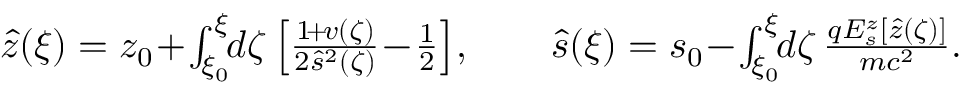
\begin{array} { r } { \hat { z } ( \xi ) = z _ { 0 } \! + \! \int _ { \xi _ { 0 } } ^ { \xi } \! \! d \zeta \left[ \frac { 1 \! + \! v ( \zeta ) } { 2 \hat { s } ^ { 2 } ( \zeta ) } \! - \! \frac 1 2 \right] \! , \qquad \hat { s } ( \xi ) = s _ { 0 } \! - \! \int _ { \xi _ { 0 } } ^ { \xi } \! \! d \zeta \, \frac { q E _ { s } ^ { z } [ \hat { z } ( \zeta ) ] } { m c ^ { 2 } } . } \end{array}